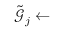
\tilde { \boldsymbol { \mathcal { G } } } _ { j } \gets